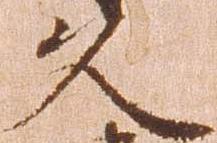
久